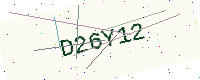
Text: D26Y12